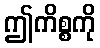
ဤကိစ္စကို